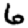
Digit: 6